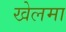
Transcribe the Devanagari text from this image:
खेलमा